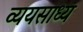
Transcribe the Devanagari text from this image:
व्‍ययसाध्‍य